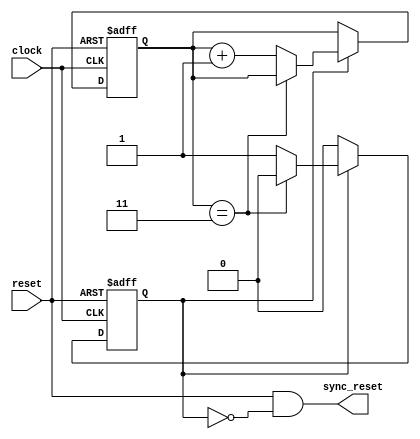
////////////////////////////////////////////////////////////////////////////////////////////////////
//
// Interessengruppe fuer Mikroelektronik und Eingebettete Systeme (IMES)
// Fachhochschule Dortmund
//
// Tool         : Mentor Graphics HDL Designer(TM) 2015.1b (Build 4)
// Description  : Reset Generator fr fuer 3 normale (clock_in) Taktflanken, um das
//                Resetsignal zu aktivieren, damit synchrone Register zurueckgesetzt werden.
// Commentary   :  
//
// Changelog:
// -------------------------------------------------------------------------------------------------
// Version | Author             | Date       | Changes
// -------------------------------------------------------------------------------------------------
// 0.9     | Leduc              | 20.03.2019 | created
// -------------------------------------------------------------------------------------------------
//
////////////////////////////////////////////////////////////////////////////////////////////////////

//`resetall
//`timescale 1ns/10ps
//`default_nettype none

module resetgen2 (
 input  wire clock,      // aussen
 input  wire reset,      // aussen
 output wire sync_reset  // Alle Komponenten, bis auf prescaler
 );
 
 reg active;
 reg [1:0] count;

 always @(posedge clock, negedge reset)
 begin
  if (reset == 1'b0) 
    begin
     active <= 1'b1;
     count <= 2'b00;
    end
  else
    begin
    if (active == 1'b1)
      if (count == 2'b11)
        active <= 1'b0;
      else
        count <= count+1;
    end
 end
  
 assign sync_reset = reset & ~active;

endmodule